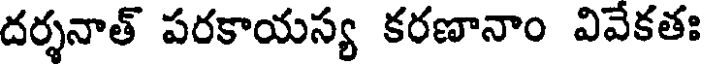
దర్శనాత్ పరకాయస్య కరణానాం వివేకతః